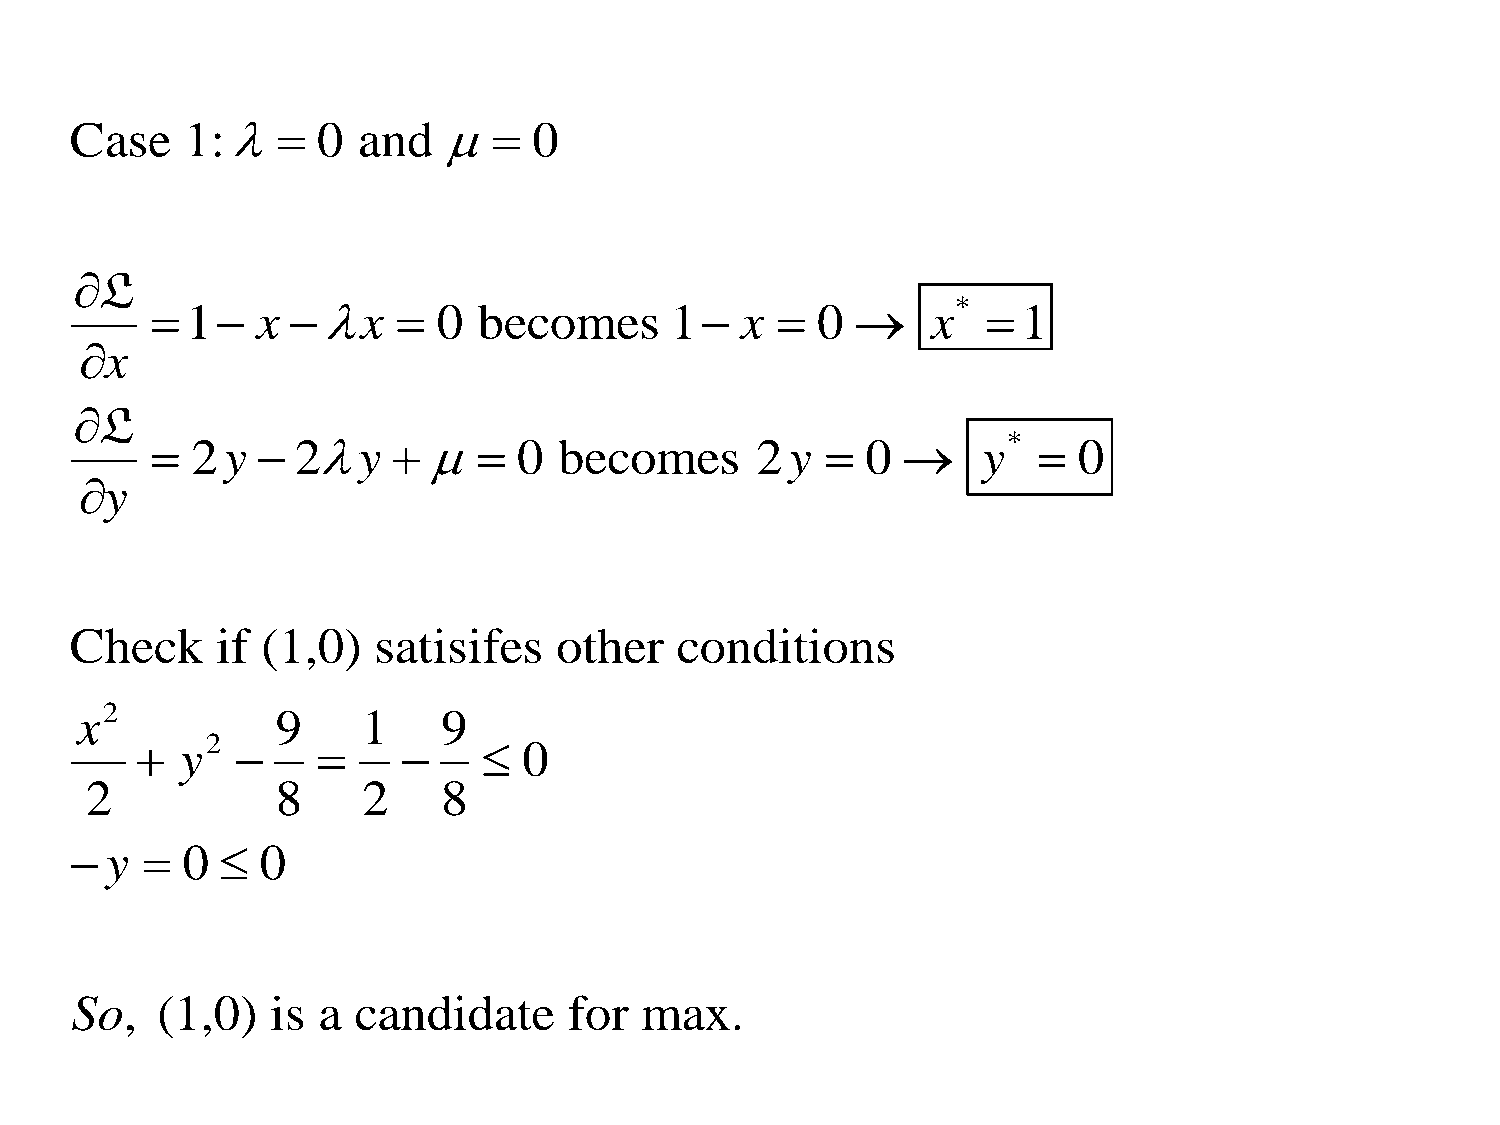
Case   1:     0  and      0
 L
  1   x x      0  becomes     1   x   0      x*   1
 x
 L
   2y    2y        0  becomes      2y    0      y*   0
 y
 Check    if (1,0)   satisifes   other   conditions
 x2           9     1    9
   y2                 0
 2           8     2    8
  y   0   0
 So,  (1,0)   is a candidate      for max.